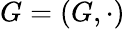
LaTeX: G=(G,\cdot)